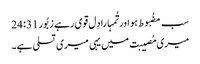
سب مضُبوط ہو اور تُمہارا دِل قوی رہے زبُور 31: 24
میری مُصیبت میں یہی میری تسلی ہے۔